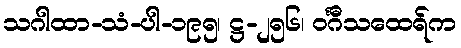
သဂါထာ-သံ-ပါ-၁၉၅၊ ဋ္ဌ-၂၅၆၊ ဝင်္ဂီသထေရ်က